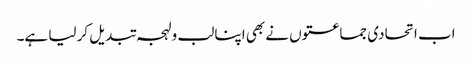
اب اتحادی جماعتوں نے بھی اپنا لب و لہجہ تبدیل کر لیا ہے۔